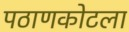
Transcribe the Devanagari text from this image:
पठाणकोटला